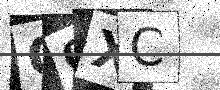
Text: O0XC